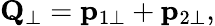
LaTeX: {\mathbf Q}_{\perp}={\mathbf p}_{1\perp}+{\mathbf p}_{2\perp},